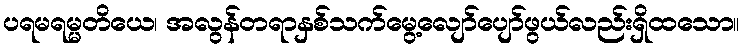
ပရမရမ္မတိယေ၊ အလွန်တရာနှစ်သက်မွေ့လျော်ပျော်ဖွယ်လည်းရှိထသော။